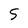
Character: S